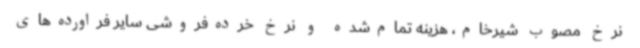
نرخ مصوب شیرخام، هزینه تمام‌شده و نرخ خرده‌فروشی سایر فراورده‌های